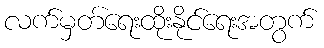
လက်မှတ်ရေးထိုးနိုင်ရေးအတွက်